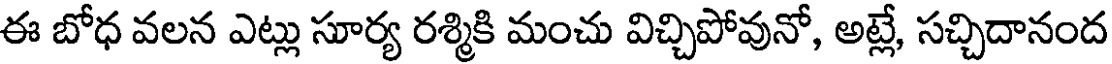
ఈ బోధ వలన ఎట్లు సూర్య రశ్మికి మంచు విచ్చిపోవునో, అట్లే, సచ్చిదానంద